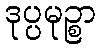
ဒုပ္ပမုဉ္စာ